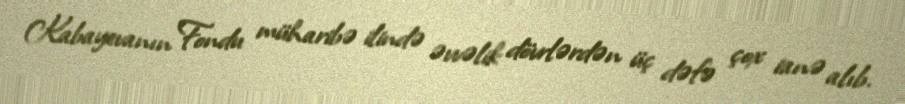
Kabayevanın Fondu müharibə ilində əvvəlik dövrlərdən üç dəfə çox ianə alıb.